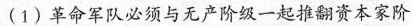
(1)革命军队必须与无产阶级一起推翻资本家阶